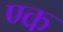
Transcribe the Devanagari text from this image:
ण्क